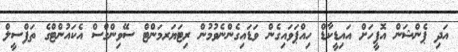
އަދި ޕެންޝަން އޮފީހަށް އައިޑީކާޑް ހިއްޕަވައިގެން ވަޑައިގެންނެވުމުން ރިޓަޔަރމަންޓް ސޭވިންގްސް އެކައުންޓްގެ ތަފްސީލް